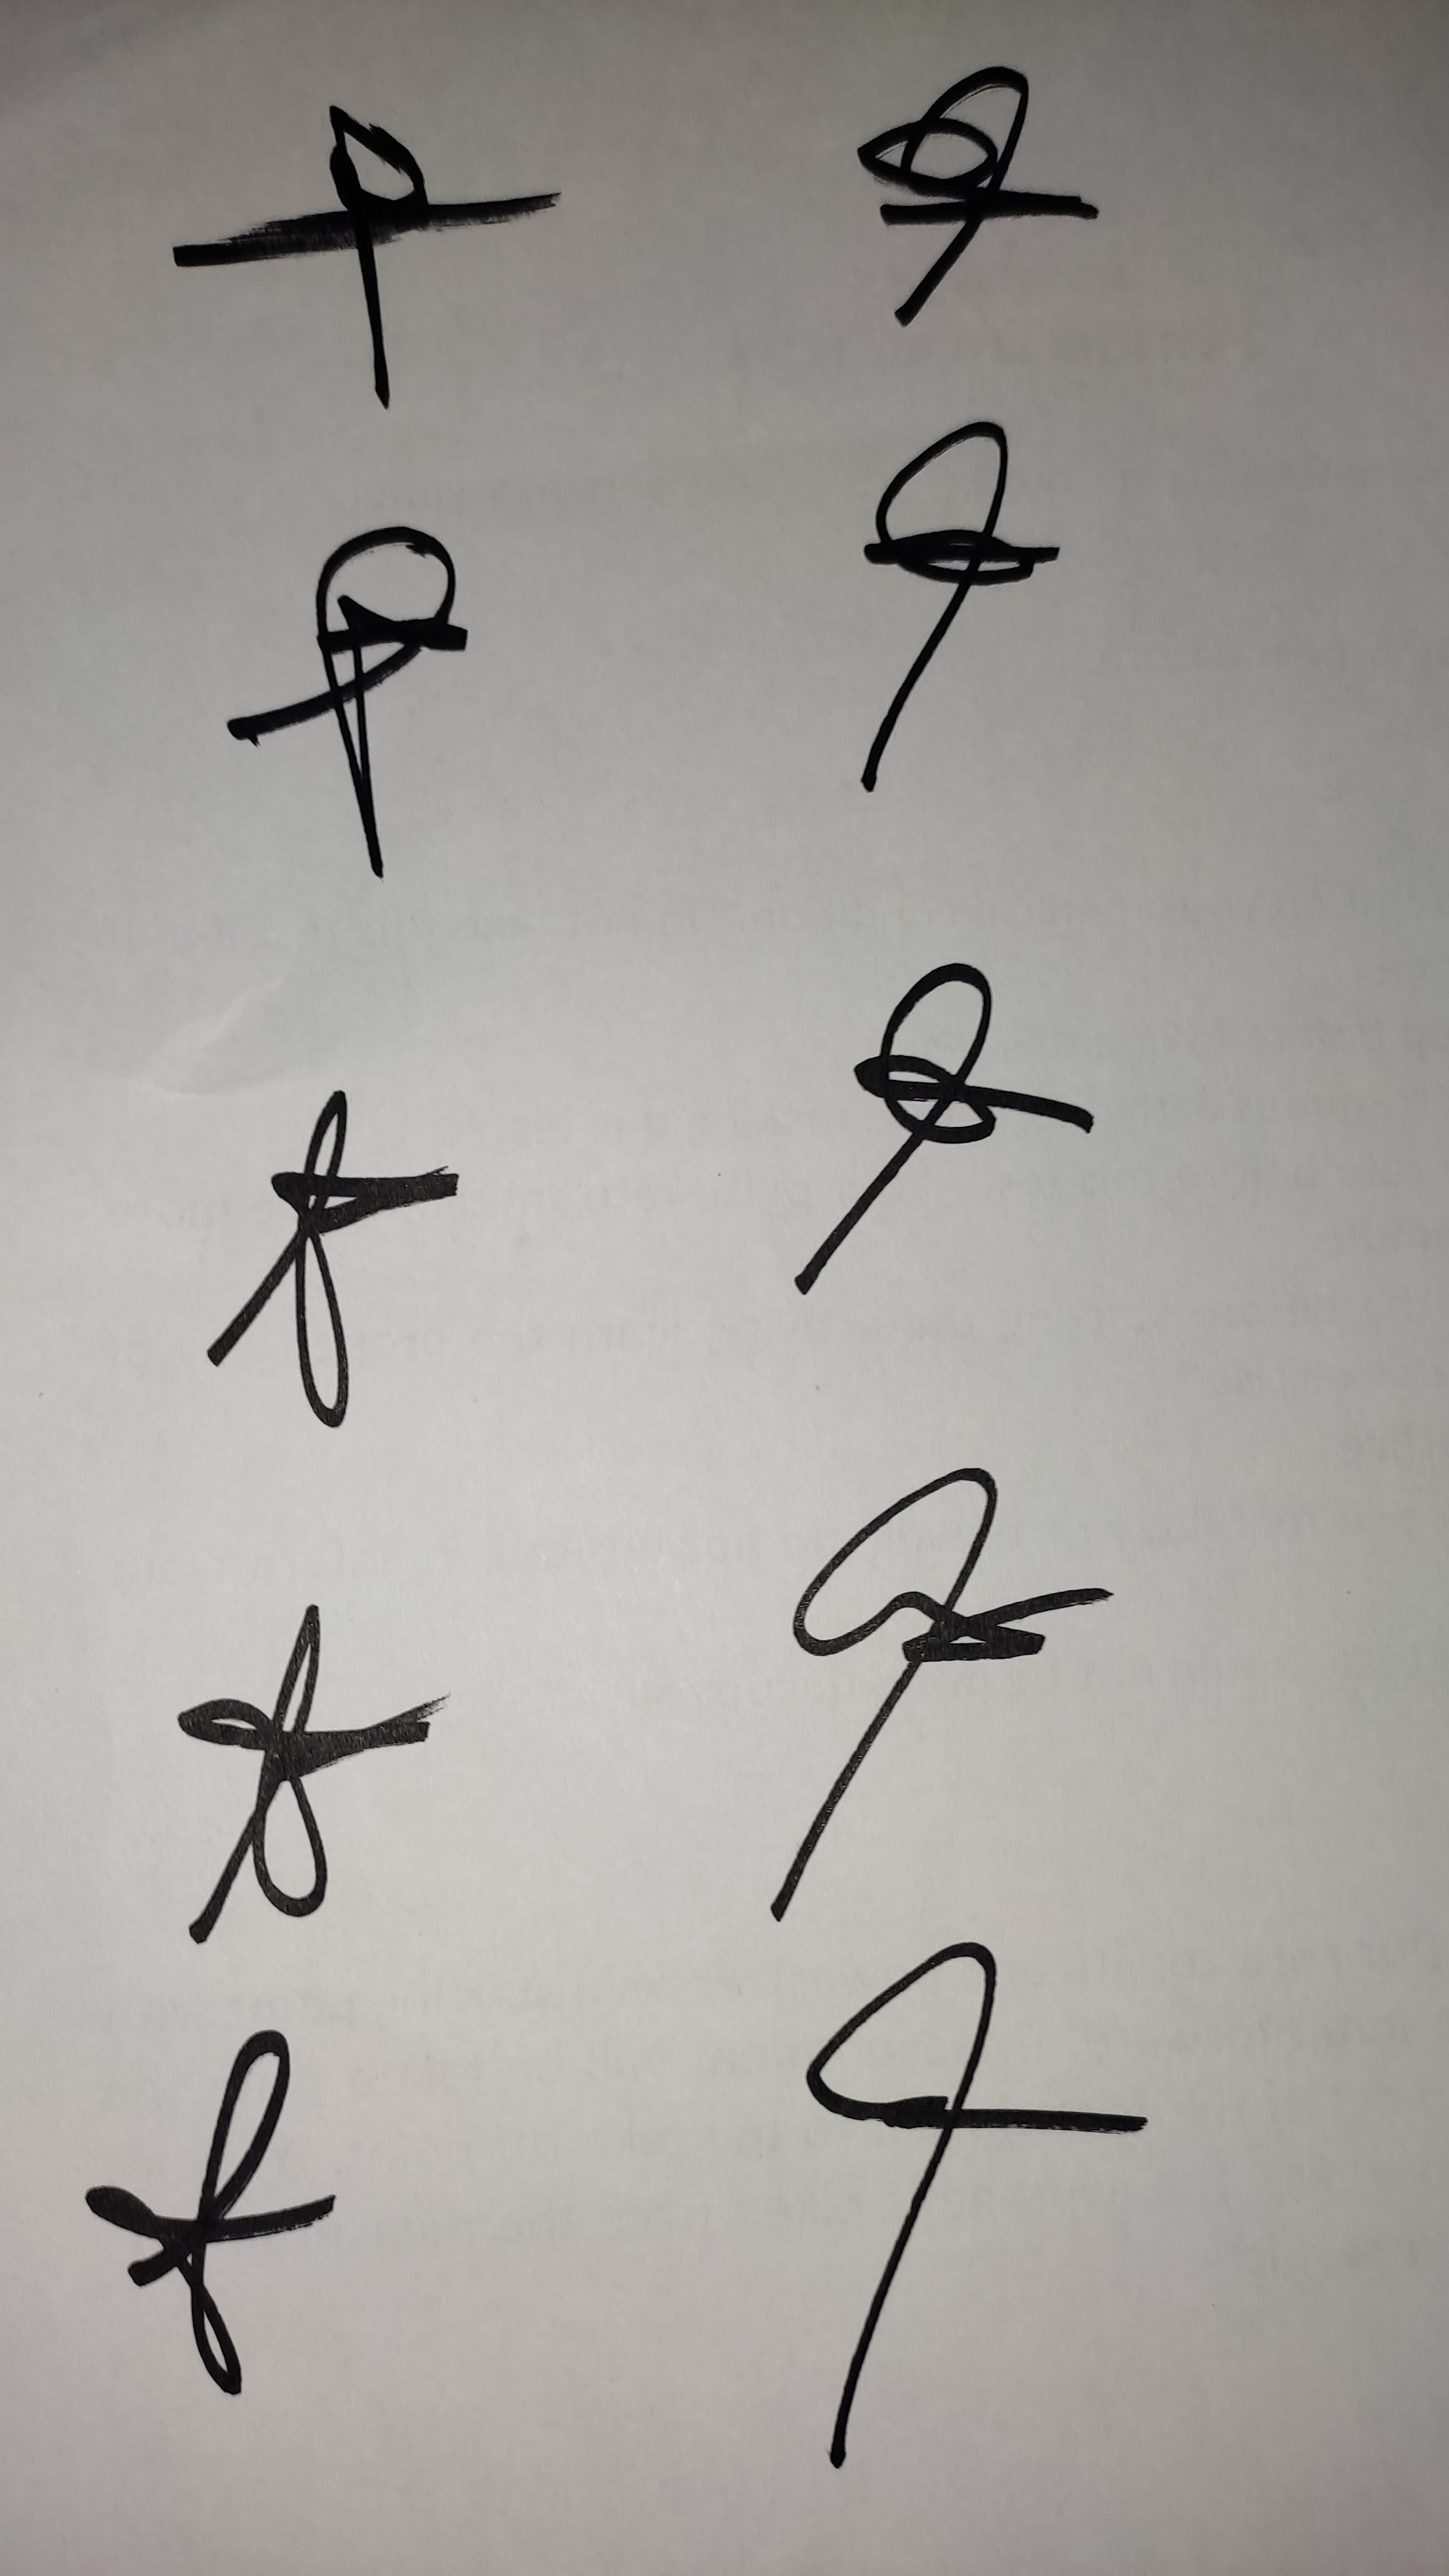
Signature authenticity: genuine